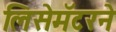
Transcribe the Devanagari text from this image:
लिसेमॅटरने